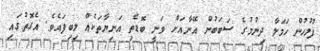
ފުލުހުން ހަމަލާ ދިނުމުގެ ސަބަބުން އޭނާއަށް ވަނީ ބޮޑެތި އަނިޔާތަކެއް ލިބިފައެވެ. އެގޮތުގައި